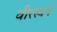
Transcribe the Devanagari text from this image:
वीरस्वर्ग